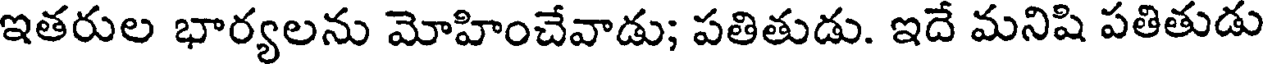
ఇతరుల భార్యలను మోహించేవాడు; పతితుడు. ఇదే మనిషి పతితుడు